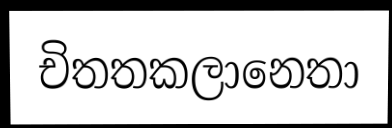
චිතතකලානෙතා